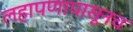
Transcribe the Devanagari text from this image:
लहापणापासूनच